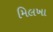
મિલખા